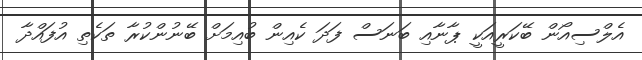
އެލްސިއޯން ބޭކަރީއަކީ ޕާނާއި ބަނަސް ފަދަ ކެއިން ބުއިމަށް ބޭނުންކުރާ ތަކެތި އުފައްދާ